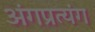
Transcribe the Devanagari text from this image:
अंगप्रत्यंग